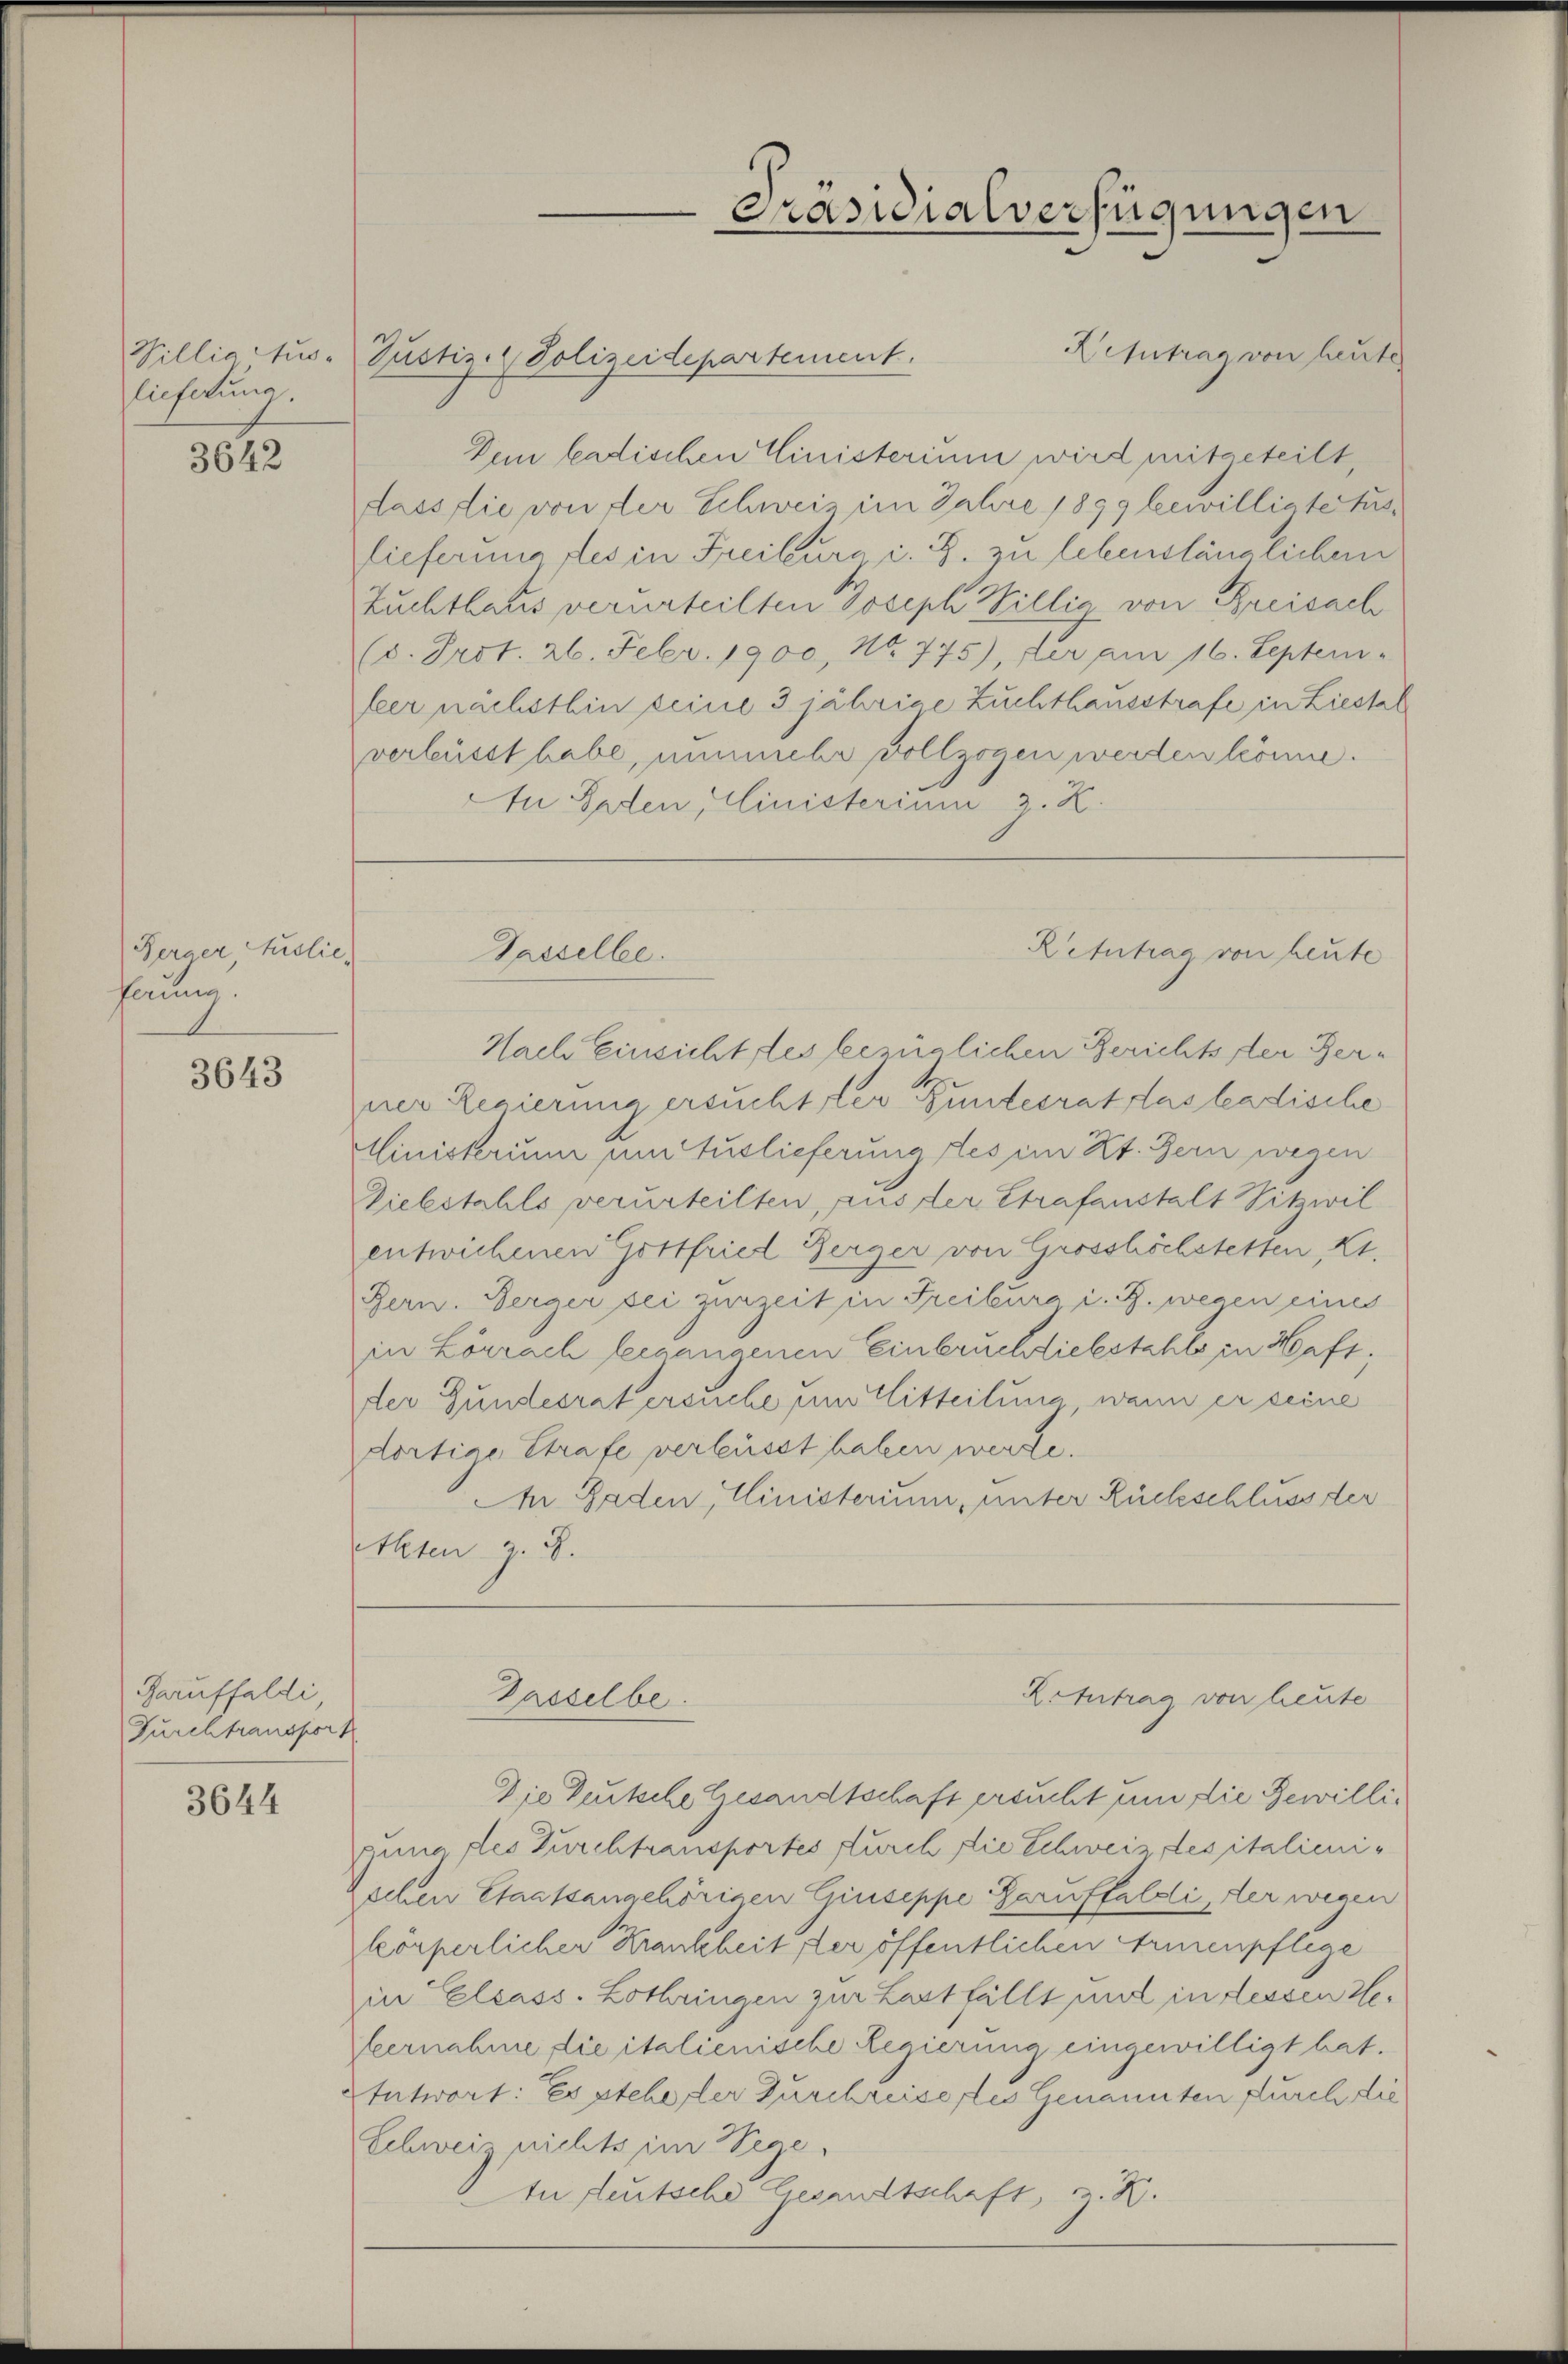
lieferung

3642

Berger Auslie
fermin.
1

3643

Garuffaldi
Furchtransport

3644

Hehntrag von heute
Willig Aus- Justiz- & Polizeidepartement.
Dein badischen Einisterium wird mitgeteilt,
dass die von der Schweiz im Jahre 1899 bewilligte Auslieferung des in Freiburg Z. zu lebenslänglichem
Zuchthaus verurteilten Joseph Willis von Breisach
(d. Prot. 26. Febr. 1900, No. 775), er am 16. Septem-
feer nächsthin seine 3 jährige Zuchthausstrafe in Liestal
verbüsst habe, nunmehr vollzogen werden könne.
An Boden, Ministerium 3. K.

Dasselbe.

Präsidialverfügungen

Retntrag von heute

Nach Einsicht les bezüglichen Berichts der Berzner Regierung ersucht ster Bundesrat das badische
Ministerim um Auslieferung des im Kt. Bern wegen
Diebstahls verurteilten, aus der Strafanstalt Sitzwil
entwichenen Gottfried Gerger von Grosshöchstetten Kt.
Bern. Berger sei zurzeit in Freiburg i. B. wegen eines
in Lörrach begangenen Einbruchtliebstahls in Haft.
der Gundesrat ersuche um Mitteilung wann er seine
dortige Strafe verleisst haben werde.
A Faden, Ministerium, unter Rückschluss der
Alten z. B.
Ketntrag von heute
Dasselber.
Die Zeitsche Gesandtschaft ersucht um die Bewilligung des Durchtransportes durch die Schweiz des italienischen Staatsangehörigen Giuseppe daruffaldig, der wegen
körperlicher Krankheit der öffentlichen Armenpflege
in Elsass. Lothringen zur Last fällt und in dessen He¬
Hernahme die italienische Regierung eingewilligt hat.
Entwort: Es stehe der Zuschreise des Genannten durch die
Schweiz nichts im Wege.
 In deutsche Gesandtschaft, z. B.